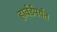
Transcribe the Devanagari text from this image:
हार्वर्डपर्यंत